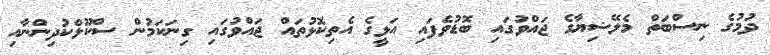
ދުމުގެ ނިސްބަތް މެލޭޝިޔާގެ ޖައްވުގައި ބޮޑުވެފައި އަޅީގެ އެތިކޮޅުތައް ޖައްވުގައި ގިނަކަމުން ސްކޫލްކުދިންނާއި